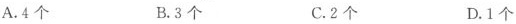
A.4个 B.3个 C.2个 D.1个